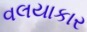
વલયાકાર